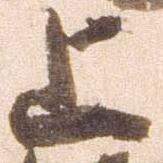
上